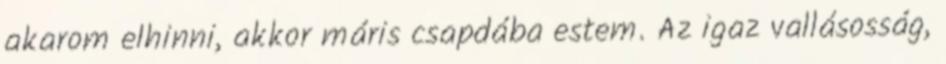
akarom elhinni, akkor máris csapdába estem. Az igaz vallásosság,